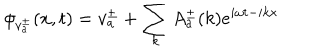
\phi _ { v _ { a } ^ { \pm } } ( x , t ) = v _ { a } ^ { \pm } + \sum _ { k } A _ { a } ^ { \pm } ( k ) e ^ { i \omega t - i k x }